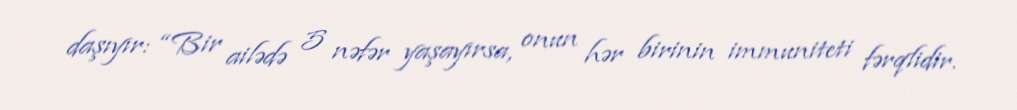
daşıyır: “Bir ailədə 5 nəfər yaşayırsa, onun hər birinin immuniteti fərqlidir.